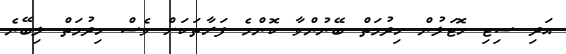
އަދި ސިޓި ހޮޓަލުން ހިދުމަތް ބޭނުންވާ ކޮންމެ ފަރާތަކަށް ވެސް ހިދުމަތް ލިބޭނެ